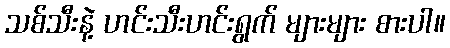
သစ်သီးနဲ့ ဟင်းသီးဟင်းရွက် များများ စားပါ။